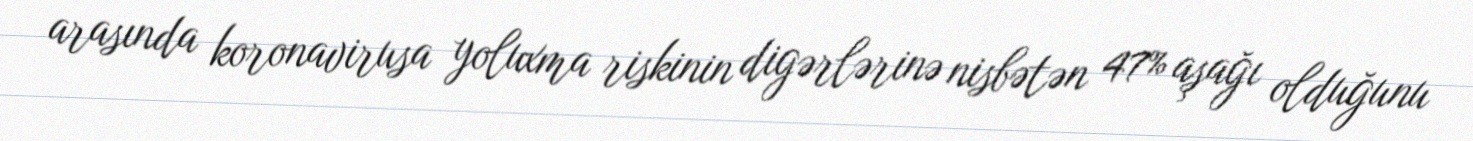
arasında koronavirusa yoluxma riskinin digərlərinə nisbətən 47% aşağı olduğunu